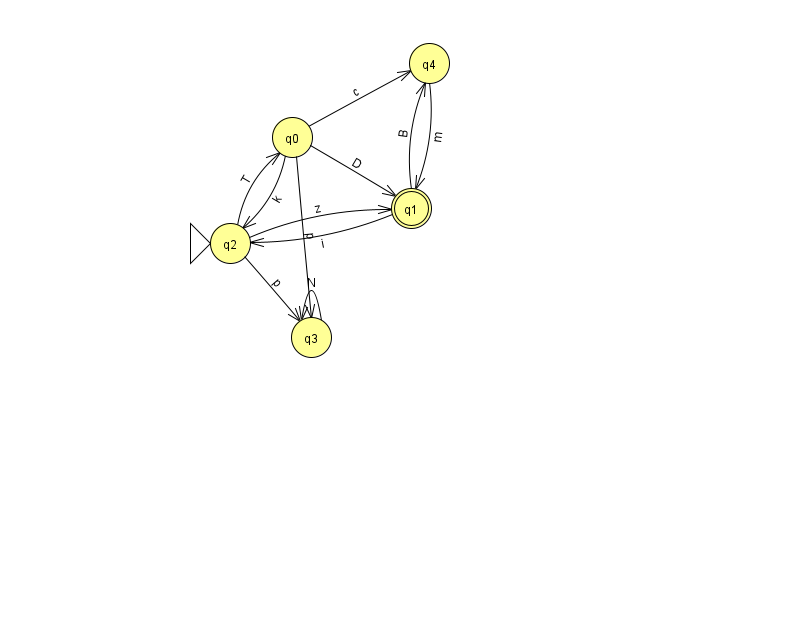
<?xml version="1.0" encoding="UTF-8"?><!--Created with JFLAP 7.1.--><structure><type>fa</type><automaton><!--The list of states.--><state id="0" name="q0"><x>292.0</x><y>124.0</y></state><state id="1" name="q1"><x>411.0</x><y>195.0</y><final/></state><state id="2" name="q2"><x>230.0</x><y>230.0</y><initial/></state><state id="3" name="q3"><x>311.0</x><y>324.0</y></state><state id="4" name="q4"><x>429.0</x><y>50.0</y></state><!--The list of transitions.--><transition><from>0</from><to>3</to><read>p</read></transition><transition><from>0</from><to>2</to><read>k</read></transition><transition><from>1</from><to>4</to><read>B</read></transition><transition><from>0</from><to>4</to><read>c</read></transition><transition><from>1</from><to>2</to><read>i</read></transition><transition><from>4</from><to>1</to><read>m</read></transition><transition><from>2</from><to>0</to><read>T</read></transition><transition><from>2</from><to>3</to><read>p</read></transition><transition><from>0</from><to>1</to><read>D</read></transition><transition><from>2</from><to>1</to><read>z</read></transition><transition><from>3</from><to>3</to><read>N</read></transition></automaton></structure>